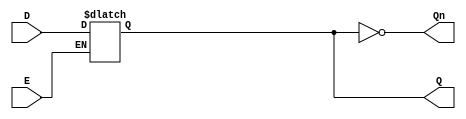
module GatedDLatch (
    input wire D,      // Data input
    input wire E,      // Enable input
    output reg Q,      // Output signal
    output wire Qn     // Complement of Q
);

// Complement of Q
assign Qn = ~Q;

// Always block to implement the Gated D Latch behavior
always @(*) begin
    if (E) begin
        Q = D;  // When E is high, Q follows D
    end
    // When E is low, Q retains its last value (implicit behavior)
end

endmodule